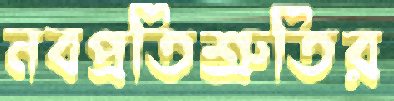
নবপ্রতিশ্রুতির